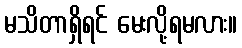
မသိတာရှိရင် မေးလို့ရမလား။